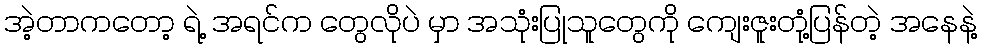
အဲ့တာကတော့ ရဲ့ အရင်က တွေလိုပဲ မှာ အသုံးပြုသူတွေကို ကျေးဇူးတုံ့ပြန်တဲ့ အနေနဲ့